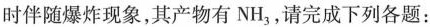
时伴随爆炸现象，其产物有NH_{3}，请完成下列各题：